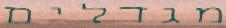
מגדלים